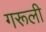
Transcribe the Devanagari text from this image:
गरूली